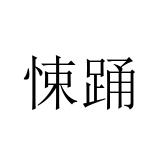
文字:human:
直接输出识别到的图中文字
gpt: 悚踊